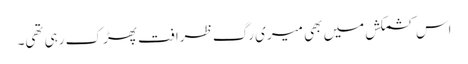
اس کشمکش میں بھی میری رگِ ظرافت پھڑک رہی تھی۔